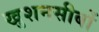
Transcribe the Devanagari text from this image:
खुशनसीबों